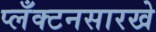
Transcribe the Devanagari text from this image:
प्लँक्टनसारखे